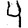
Digit: 4